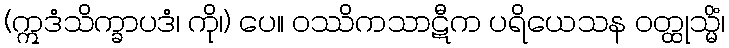
(ဣဒံသိက္ခာပဒံ၊ ကို၊) ပေ။ ဝဿိကသာဋီက ပရိယေသန ဝတ္ထုသ္မိံ၊